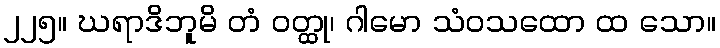
၂၂၅။ ဃရာဒိဘူမိ တံ ဝတ္ထု၊ ဂါမော သံဝသထော ထ သော။